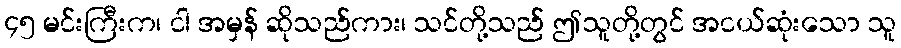
၄၅ မင်းကြီးက၊ ငါ အမှန် ဆိုသည်ကား၊ သင်တို့သည် ဤသူတို့တွင် အငယ်ဆုံးသော သူ